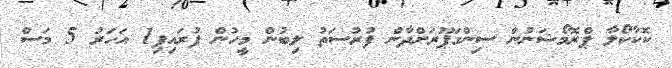
ކޮކާކޯލާ ޕްރޮމޯޝަނުން ސިންގަޕޫރަށްދާން ފުރުސަތު ލިބުން މީހުން ފުރައިފި1 އަހަރު 5 މަސް